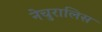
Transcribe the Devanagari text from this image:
नेचुरालिस